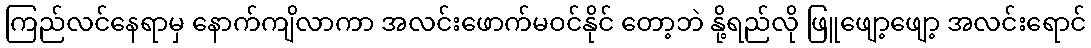
ကြည်လင်နေရာမှ နောက်ကျိလာကာ အလင်းဖောက်မဝင်နိုင် တော့ဘဲ နို့ရည်လို ဖြူဖျော့ဖျော့ အလင်းရောင်